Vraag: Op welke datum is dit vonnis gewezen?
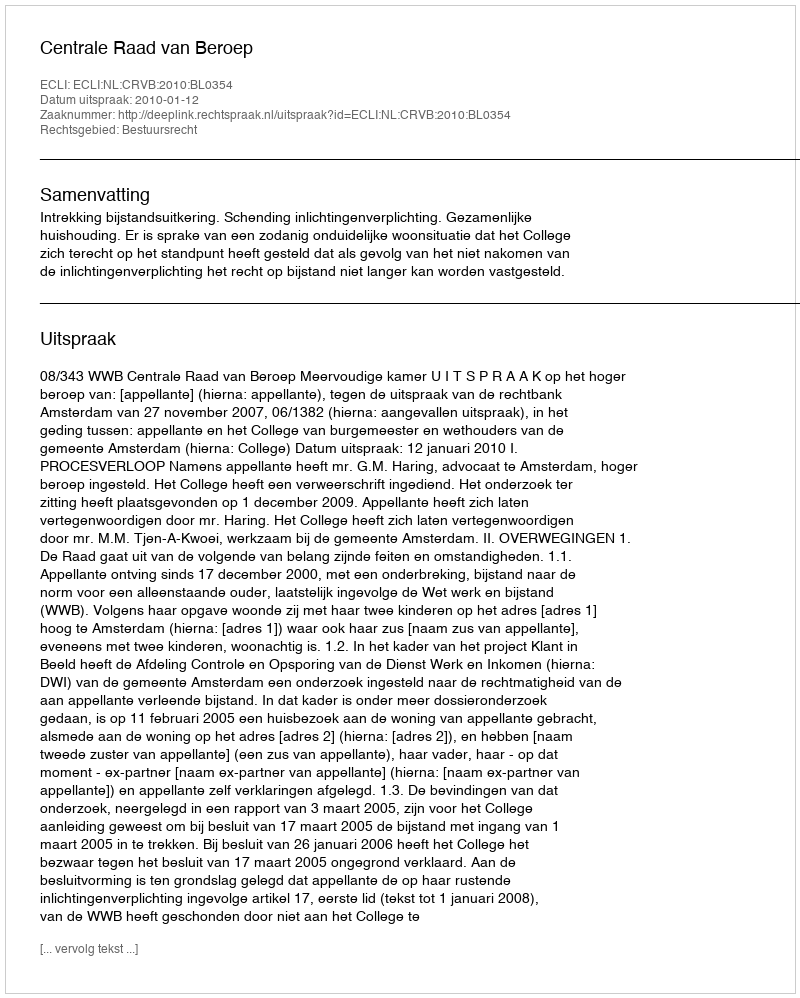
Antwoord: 2010-01-12